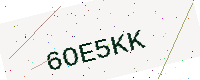
Text: 6OE5KK